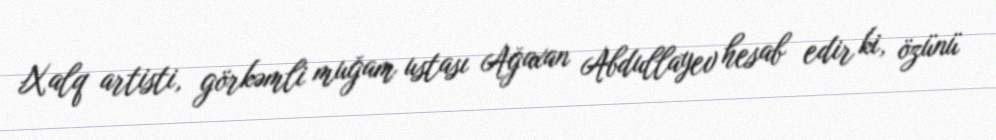
Xalq artisti, görkəmli muğam ustası Ağaxan Abdullayev hesab edir ki, özünü